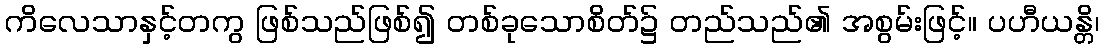
ကိလေသာနှင့်တကွ ဖြစ်သည်ဖြစ်၍ တစ်ခုသောစိတ်၌ တည်သည်၏ အစွမ်းဖြင့်။ ပဟီယန္တိ၊